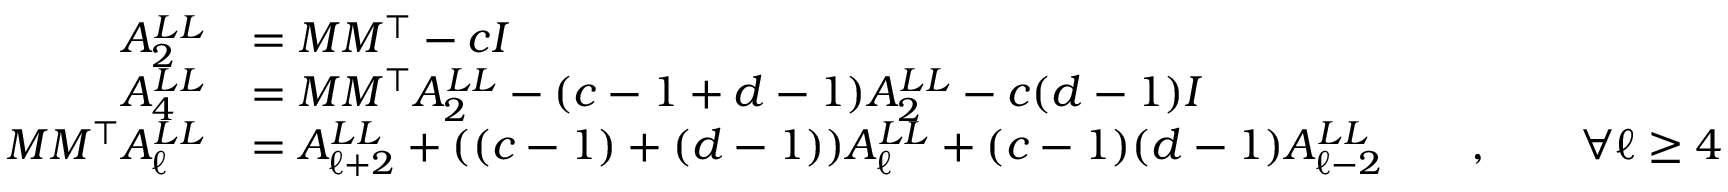
\begin{array} { r l } { A _ { 2 } ^ { L L } } & { = M M ^ { \top } - c I } \\ { A _ { 4 } ^ { L L } } & { = M M ^ { \top } A _ { 2 } ^ { L L } - ( c - 1 + d - 1 ) A _ { 2 } ^ { L L } - c ( d - 1 ) I } \\ { M M ^ { \top } A _ { \ell } ^ { L L } } & { = A _ { \ell + 2 } ^ { L L } + ( ( c - 1 ) + ( d - 1 ) ) A _ { \ell } ^ { L L } + ( c - 1 ) ( d - 1 ) A _ { \ell - 2 } ^ { L L } \qquad , \qquad \forall \ell \geq 4 } \end{array}